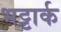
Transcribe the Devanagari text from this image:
भट्टार्क